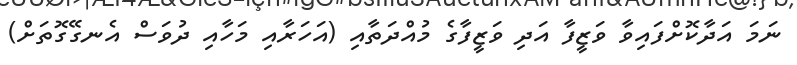
ނަމަ އަދާކޮށްފައިވާ ވަޒީފާ އަދި ވަޒީފާގެ މުއްދަތާއި (އަހަރާއި މަހާއި ދުވަސް އެނގޭގޮތަށް)